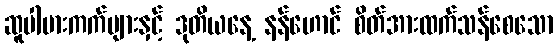
ဆူပါမားကက်များနှင့် ဒုတိယနေ့ နန်ဟောင် စိတ်အားထက်သန်စေသော